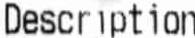
DESCIPTION